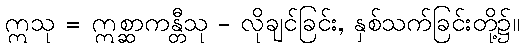
ဣသု = ဣစ္ဆာကန္တီသု - လိုချင်ခြင်း, နှစ်သက်ခြင်းတို့၌။